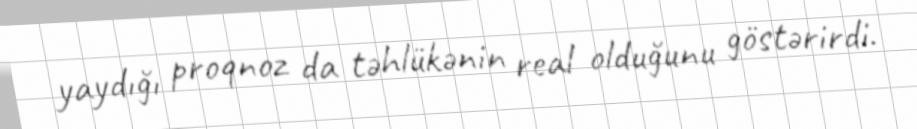
yaydığı proqnoz da təhlükənin real olduğunu göstərirdi.